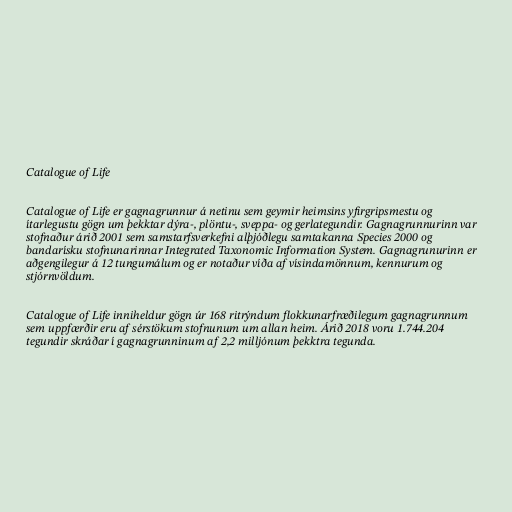
Catalogue of Life

Catalogue of Life er gagnagrunnur á netinu sem geymir heimsins yfirgripsmestu og
ítarlegustu gögn um þekktar dýra-, plöntu-, sveppa- og gerlategundir. Gagnagrunnurinn var
stofnaður árið 2001 sem samstarfsverkefni alþjóðlegu samtakanna Species 2000 og
bandarísku stofnunarinnar Integrated Taxonomic Information System. Gagnagrunurinn er
aðgengilegur á 12 tungumálum og er notaður víða af vísindamönnum, kennurum og
stjórnvöldum.

Catalogue of Life inniheldur gögn úr 168 ritrýndum flokkunarfræðilegum gagnagrunnum
sem uppfærðir eru af sérstökum stofnunum um allan heim. Árið 2018 voru 1.744.204
tegundir skráðar í gagnagrunninum af 2,2 milljónum þekktra tegunda.